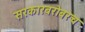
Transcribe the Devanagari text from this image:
सरकारबरोबरच